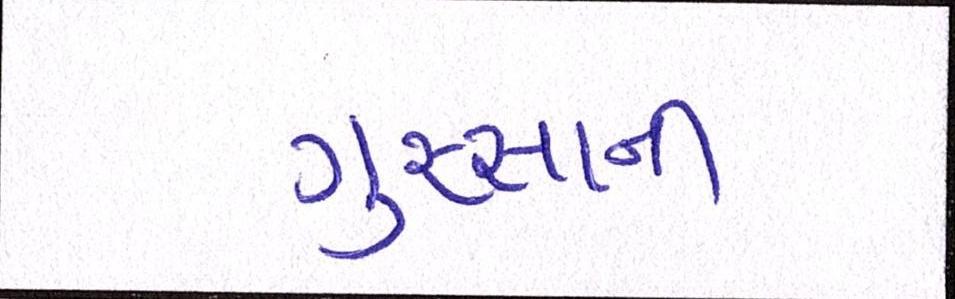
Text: ગુસ્સાની